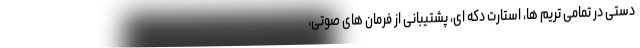
دستی در تمامی تریم ها، استارت دکه ای، پشتیبانی از فرمان های صوتی،